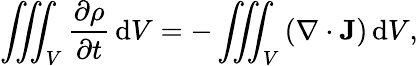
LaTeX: {\iiint_{V}{\frac{\partial\rho}{\partial t}}\, \mathrm{d}V}={-\iiint_{V}\left(\nabla\cdot\mathbf{J}\right)\, \mathrm{d}V},